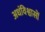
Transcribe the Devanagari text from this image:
अधंविश्वासों